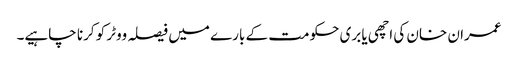
عمران خان کی اچھی یا بری حکومت کے بارے میں فیصلہ ووٹر کو کرنا چاہیے۔